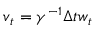
\boldsymbol { v } _ { t } = \gamma ^ { - 1 } \Delta t \boldsymbol { w } _ { t }